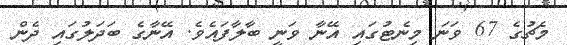
މެޗުގެ 67 ވަނަ މިނެޓުގައި އޭނާ ވަނީ ބާލާފައެވެ. އޭނާގެ ބަދަލުގައި ދެން